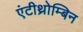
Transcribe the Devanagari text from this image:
एंटीथ्रोम्बिन